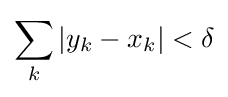
\sum _{k}\left|y_{k}-x_{k}\right|<\delta